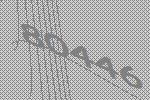
80446